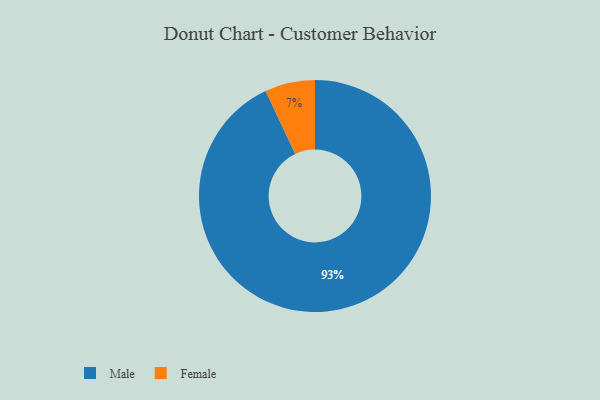
{"axis": {"x": "Category", "y": "Percentage"}, "legend": ["Female", "Male"], "data": [{"x": "Female", "y": 7, "type": "Female"}, {"x": "Male", "y": 93, "type": "Male"}]}